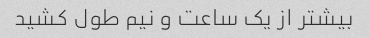
بیشتر از یک ساعت و نیم طول کشید